Vaccination in the Punjab 1883-1896 - 1883-1896
Year: 1883
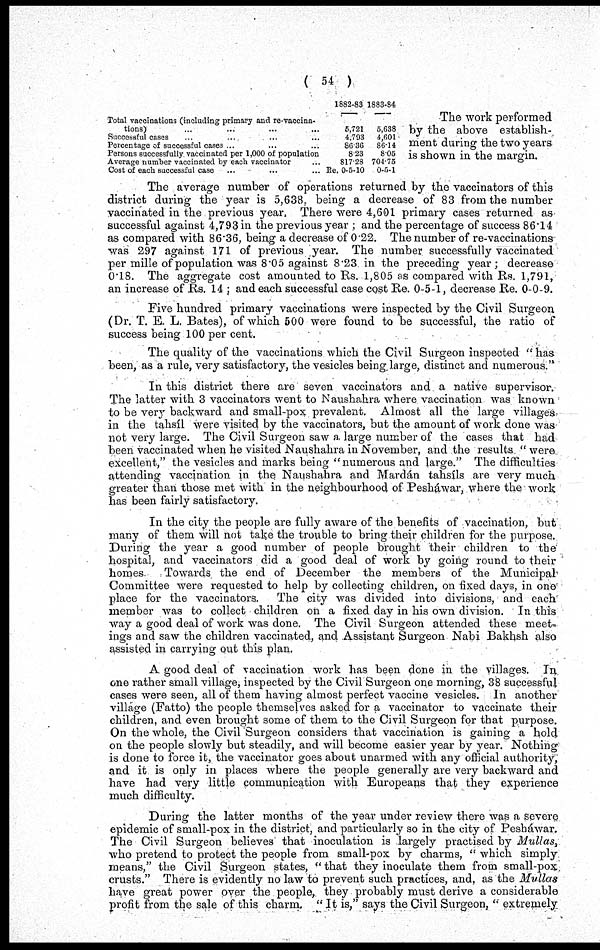
( 54 )
Total vaccinations (including primary and re-vaccina-
tions) ... ... ... ...
Successful cases ... ... ... ...
Percentage of successful cases ... ... ... ...
Persons successfully vaccinated per 1,000 of population
Average number vaccinated by each vaccinator ... ...
Cost of each successful case ... ... ... ...
1882-83
5,721
4,793
86.36
8.23
817.28
Re. 0-5-10
1883-84
5,638
4,601
86.14
8.05
704.75
0-5-1
The work performed
by the above establish-
ment during the two years
is shown in the margin.
The average number of operations returned by the vaccinators of this
district during the year is 5,638 being a decrease of 83 from the number
vaccinated in the previous year, There were 4,601 primary cases returned as
successful against 4,793 in the previous year ; and the percentage of success 86.14
as compared with 86.36, being a decrease of 0 22. The number of re-vaccinations
was 297 against 171 of previous year. The number successfully vaccinated
per mille of population was 8.05 against 8.23 in the preceding year; decrease
0.18. The aggregate cost amounted to Rs. 1,805 as compared with Rs. 1,791,
an increase of Rs. 14; and each successful case cost Re. 0-5-1, decrease Re. 0-0-9.
Five hundred primary vaccinations were inspected by the Civil Surgeon
(Dr. T. E. L. Bates), of which 500 were found to be successful, the ratio of
success being 100 per cent.
The quality of the vaccinations which the Civil Surgeon inspected "has
been, as a rule, very satisfactory, the vesicles being large, distinct and numerous."
In this district there are seven vaccinators and a native supervisor.
The latter with 3 vaccinators went to Naushahra where vaccination was known
to be very backward and small-pox prevalent. Almost all the large villages
in the tahsíl were visited by the vaccinators, but the amount of work done was
not very large. The Civil Surgeon saw a large number of the cases that had
been vaccinated when he visited Naushahra in November, and the results "were
excellent," the vesicles and marks being "numerous and large." The difficulties
attending vaccination in the Naushahra and Mardán tahsíls are very much
greater than those met with in the neighbourhood of Pesháwar, where the work
has been fairly satisfactory.
In the city the people are fully aware of the benefits of vaccination, but
many of them will not take the trouble to bring their children for the purpose.
During the year a good number of people brought their children to the
hospital, and vaccinators did a good deal of work by going round to their
homes
Towards the end of December the members of the Municipal
Committee were requested to help by collecting children, on fixed days, in one
place for the vaccinators. The city was divided into divisions, and each
member was to collect children on a fixed day in his own division. In this
way a good deal of work was done. The Civil Surgeon attended these meet-
ings and saw the children vaccinated, and Assistant Surgeon Nabi Bakhsh also
assisted in carrying out this plan.
A good deal of vaccination work has been done in the villages. In
one rather small village, inspected by the Civil Surgeon one morning, 38 successful
cases were seen, all of them having almost perfect vaccine vesicles. In another
village (Fatto) the people themselves asked for a vaccinator to vaccinate their
children, and even brought some of them to the Civil Surgeon for that purpose.
On the whole, the Civil Surgeon considers that vaccination is gaining a hold
on the people slowly but steadily, and will become easier year by year. Nothing
is done to force it, the vaccinator goes about unarmed with any official authority,
and it is only in places where the people generally are very backward and
have had very little communication with Europeans that they experience
much difficulty.
During the latter months of the year under review there was a severe
epidemic of small-pox in the district, and particularly so in the city of Pesháwar.
The Civil Surgeon believes that inoculation is largely practised by Mullas,
who pretend to protect the people from small-pox by charms, "which simply
means," the Civil Surgeon states, "that they inoculate them from small-pox
crusts." There is evidently no law to prevent such practices, and, as the Mullas
have great power over the people, they probably must derive a considerable
profit from the sale of this charm. "It is," says the Civil Surgeon, "extremely